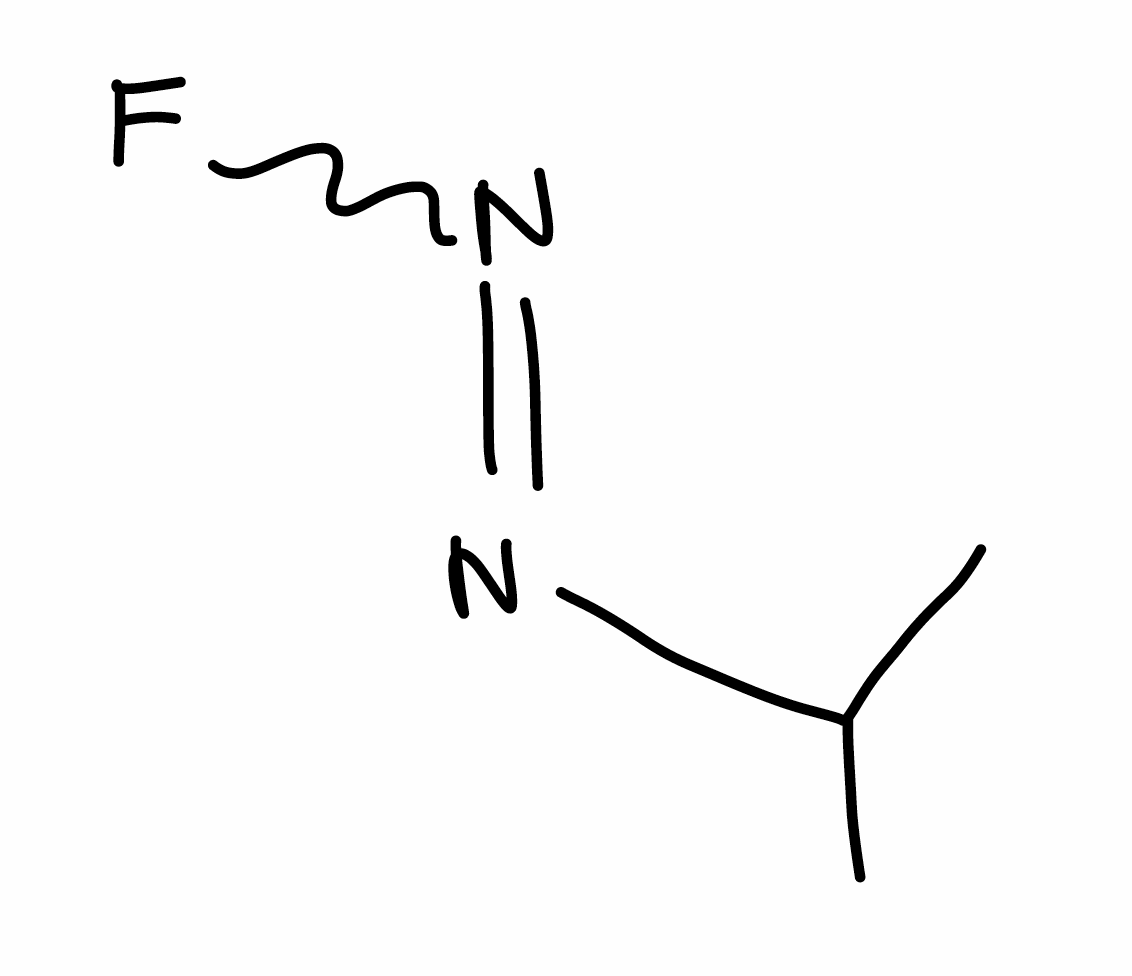
Simplified molecular-input line-entry system (SMILES) notation of the given molecule:
CC(C)N=NF